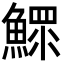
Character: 鰥